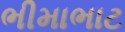
ભીમાભાટ